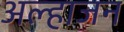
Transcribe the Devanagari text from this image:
अल्हाजन